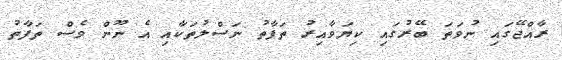
ރާއްޖޭގައި ނުވަތަ ބޭރުގައި ކިޔަވާއިރު ތަފާތު ނަސްލުތަކާއި އެ ނޫން ވެސް ތަފާތު